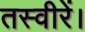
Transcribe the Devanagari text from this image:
तस्वीरें।